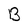
Character: B